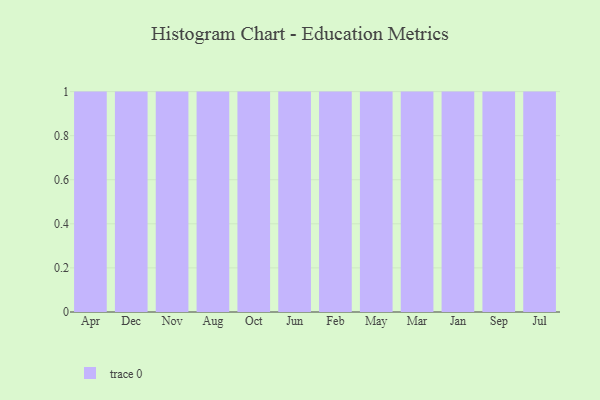
{"axis": {"x": "Month", "y": "Inventory Turnover"}, "legend": [""], "data": [{"x": "Apr", "y": 9, "type": ""}, {"x": "Dec", "y": 97, "type": ""}, {"x": "Nov", "y": 69, "type": ""}, {"x": "Aug", "y": 69, "type": ""}, {"x": "Oct", "y": 12, "type": ""}, {"x": "Jun", "y": 7, "type": ""}, {"x": "Feb", "y": 86, "type": ""}, {"x": "May", "y": 58, "type": ""}, {"x": "Mar", "y": 97, "type": ""}, {"x": "Jan", "y": 98, "type": ""}, {"x": "Sep", "y": 14, "type": ""}, {"x": "Jul", "y": 6, "type": ""}]}